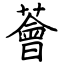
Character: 薈